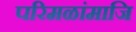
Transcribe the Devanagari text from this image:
परिमळांमाजि